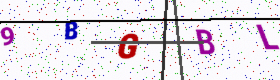
Text: 9BGBL